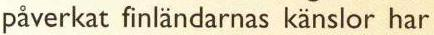
påverkat finländarnas känslor har